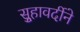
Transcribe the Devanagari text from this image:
सुर्‍हावर्दीने